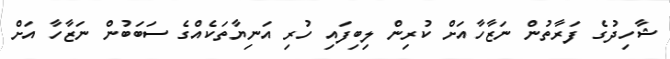
ޝާހިދުގެ ފަރާތުން ނަޒާހާއަށް ކުރިން ލިބިފައި ހުރި އަނިޔާތަކެއްގެ ސަބަބުން ނަޒާހާ އަށް